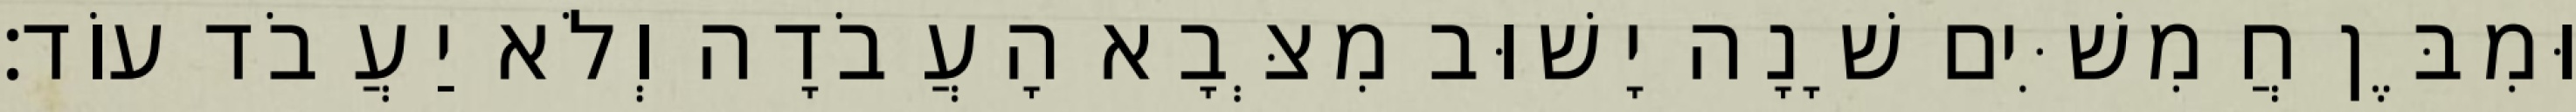
וּמִבֶּן חֲמִשִּׁים שָׁנָה יָשׁוּב מִצְּבָא הָעֲבֹדָה וְלֹא יַעֲבֹד עוֹד׃